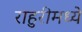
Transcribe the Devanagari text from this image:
राहुरीमध्ये